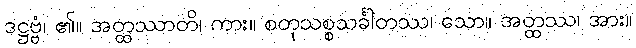
ဒဋ္ဌဗ္ဗံ၊ ၏။ အတ္ထဿာတိ၊ ကား။ စတုသစ္စသင်္ခါတဿ၊ သော။ အတ္ထဿ၊ အား။